Civil Veterinary Department ledger series I-VI
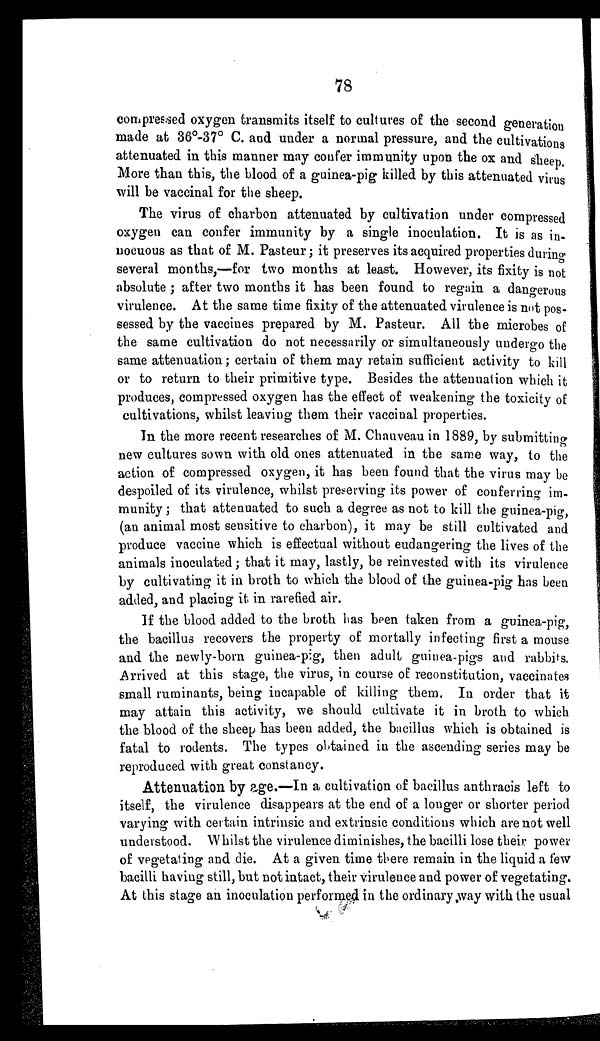
78
compressed oxygen transmits itself to cultures of the second generation
made at 36°-37° C. and under a normal pressure, and the cultivations
attenuated in this manner may confer immunity upon the ox and sheep
More than this, the blood of a guinea-pig killed by this attenuated virus
will be vaccinal for the sheep.
The virus of charbon attenuated by cultivation under compressed
oxygen can confer immunity by a single inoculation. It is as in-
nocuous as that of M. Pasteur; it preserves its acquired properties during-
several months,—for two months at least. However, its fixity is not
absolute; after two months it has been found to regain a dangerous
virulence. At the same time fixity of the attenuated virulence is not pos-
sessed by the vaccines prepared by M. Pasteur. All the microbes of:
the same cultivation do not necessarily or simultaneously undergo the
same attenuation; certain of them may retain sufficient activity to kill
or to return to their primitive type. Besides the attenuation which it
produces, compressed oxygen has the effect of weakening the toxicity of
cultivations, whilst leaving them their vaccinal properties.
In the more recent researches of M. Chauveau in 1889, by submitting
new cultures sown with old ones attenuated in the same way, to the
action of compressed oxygen, it has been found that the virus may be
despoiled of its virulence, whilst preserving its power of conferring im-
munity ; that attenuated to such a degree as not to kill the guinea-pig,
(an animal most sensitive to charbon), it may be still cultivated and
produce vaccine which is effectual without eudangering the lives of the
animals inoculated; that it may, lastly, be reinvested with its virulence
by cultivating it in broth to which the blood of the guinea-pig has been
added, and placing it in rarefied air.
If the blood added to the broth has been taken from a guinea-pig,
the bacillus recovers the property of mortally infecting first a mouse
and the newly-born guinea-pig, then adult guinea-pigs and rabbits.
Arrived at this stage, the virus, in course of reconstitution, vaccinates
small ruminants, being incapable of killing them. In order that it
may attain this activity, we should cultivate it in broth to which
the blood of the sheep has been added, the bacillus which is obtained is
fatal to rodents. The types obtained in the ascending series may be
reproduced with great constancy.
Attenuation by age.—In a cultivation of bacillus anthracis left to
itself, the virulence disappears at the end of a longer or shorter period
varying with certain intrinsic and extrinsic conditions which are not well
understood. Whilst the virulence diminishes, the bacilli lose their power
of vegetating and die. At a given time there remain in the liquid a few
bacilli having still, but not intact, their virulence and power of vegetating.
At this stage an inoculation performed in the ordinary way with the usual